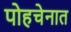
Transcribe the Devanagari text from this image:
पोहचेनात